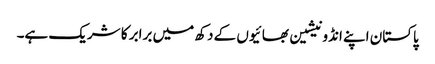
پاکستان اپنے انڈونیشین بھائیوں کے دکھ میں برابر کا شریک ہے۔